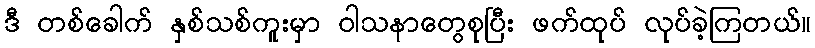
ဒီ တစ်ခေါက် နှစ်သစ်ကူးမှာ ဝါသနာတွေစုပြီး ဖက်ထုပ် လုပ်ခဲ့ကြတယ်။